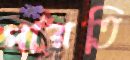
পারতি